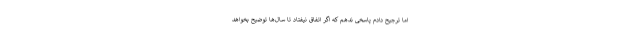
اما ترجیح دادم پاسخی ندهم که اگر اتفاق نیفتاد تا سال‌ها توضیح بخواهد